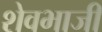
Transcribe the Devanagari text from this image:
शेवभाजी